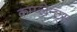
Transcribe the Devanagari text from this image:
कम्प्लेन्ट्स